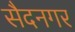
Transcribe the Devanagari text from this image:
सैदनगर